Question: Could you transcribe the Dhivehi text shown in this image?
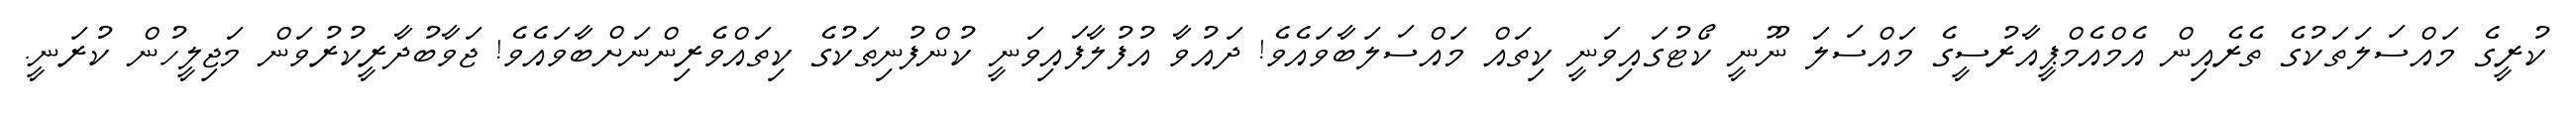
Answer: ކުރީގެ މައްސަލަތަކުގެ ތެރެއިން އެމްއެމްޕީއާރުސީގެ މައްސަލަ ނޫނީ ކޯޓުގައިވަނީ ކިތައް މައްސަލަބާވައެވެ! ދައުވާ އުފުލާފައިވަނީ ކުންފުނިތަކުގެ ކިތައްވެރިންނަށްބާވައެވެ! ޖަވާބުދާރީކުރުވަން މަޖިލީހުން ކުރަނީ.